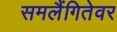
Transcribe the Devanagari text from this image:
समलैंगितेवर